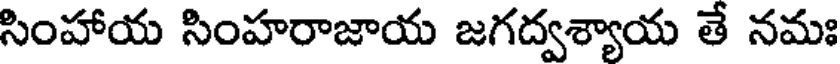
సింహాయ సింహరాజాయ జగద్వశ్యాయ తే నమః